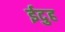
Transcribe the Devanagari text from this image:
ईदुह